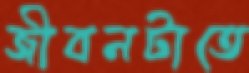
জীবনটাতে